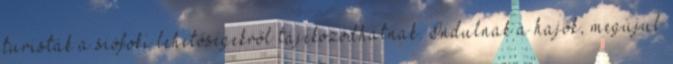
turisták a siófoki lehetőségekről tájékozódhatnak. Indulnak a hajók, megújul